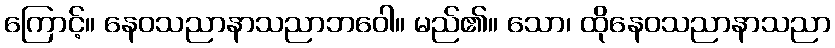
ကြောင့်။ နေဝသညာနာသညာဘဝေါ။ မည်၏။ သော၊ ထိုနေဝသညာနာသညာ